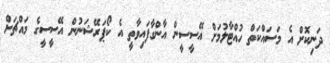
ދަނިކޮށް އެ މަސައްކަތް ހުއްޓާލުމަށް އޭސީސީން އާންގާފައިވާތީ އެ ކޯޕަރޭޝަނުން އޭސީސީގެ މައްޗަށް